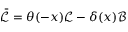
\bar { \mathcal { L } } = \theta ( - x ) \mathcal { L } - \delta ( x ) \mathcal { B }